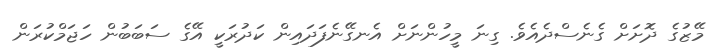
މޭޒުގެ ދޮށަށް ގެނެސްދެއެވެ. ގިނަ މީހުންނަށް އެނގޭނެފަދައިން ކަދުރަކީ އޭގެ ސަބަބުން ހަޖަމްކުރަން